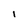
Character: l